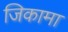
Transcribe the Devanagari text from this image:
जिकामा